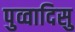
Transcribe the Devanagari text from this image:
पुव्वादिसु